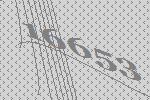
16653